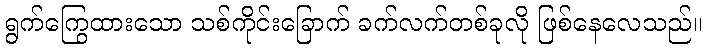
ရွက်ကြွေထားသော သစ်ကိုင်းခြောက် ခက်လက်တစ်ခုလို ဖြစ်နေလေသည်။